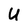
Character: U